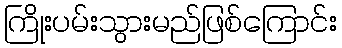
ကြိုးပမ်းသွားမည်ဖြစ်ကြောင်း